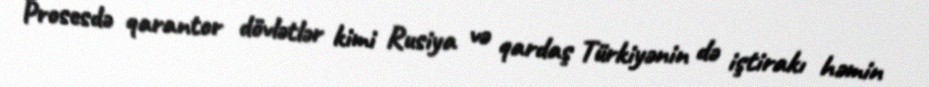
Prosesdə qarantor dövlətlər kimi Rusiya və qardaş Türkiyənin də iştirakı həmin